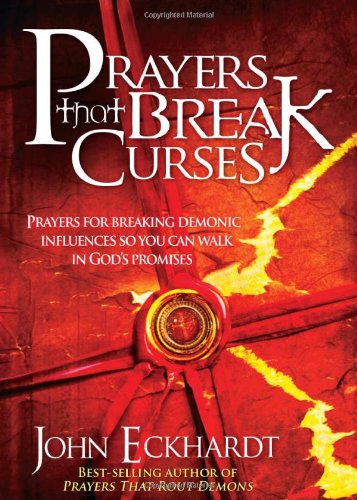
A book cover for Prayers That Break Curses: Prayers for Breaking Demonic Influences so You Can Walk in God's Promises; John Eckhardt; Christian Books & Bibles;